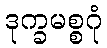
ဒုက္ခမစ္စဂုံ